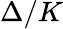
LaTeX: \Delta/K